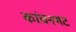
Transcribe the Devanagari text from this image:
कांचनभट